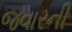
જવારની